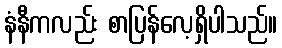
နံနီကလည်း စာပြန်လေ့ရှိပါသည်။